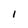
Character: l